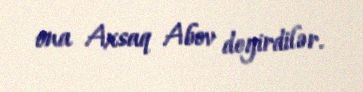
ona Axsaq Abov deyirdilər.